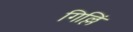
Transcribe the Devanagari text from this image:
गिल्लिं